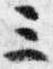
三